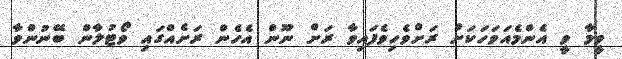
ވީމާ ވީ އެންމެއަވަހަކަށް ރަށްވެހިވެފައިވާ ރަށް ނޫން އެހެން ރަށެއްގައި ވޯޓުލާން ބޭނުންވާ